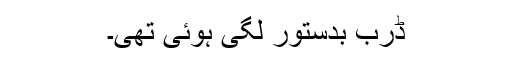
ڈرب بدستور لگی ہوئی تھی۔